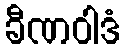
ခီဏဝါဒံ